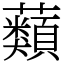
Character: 蘱